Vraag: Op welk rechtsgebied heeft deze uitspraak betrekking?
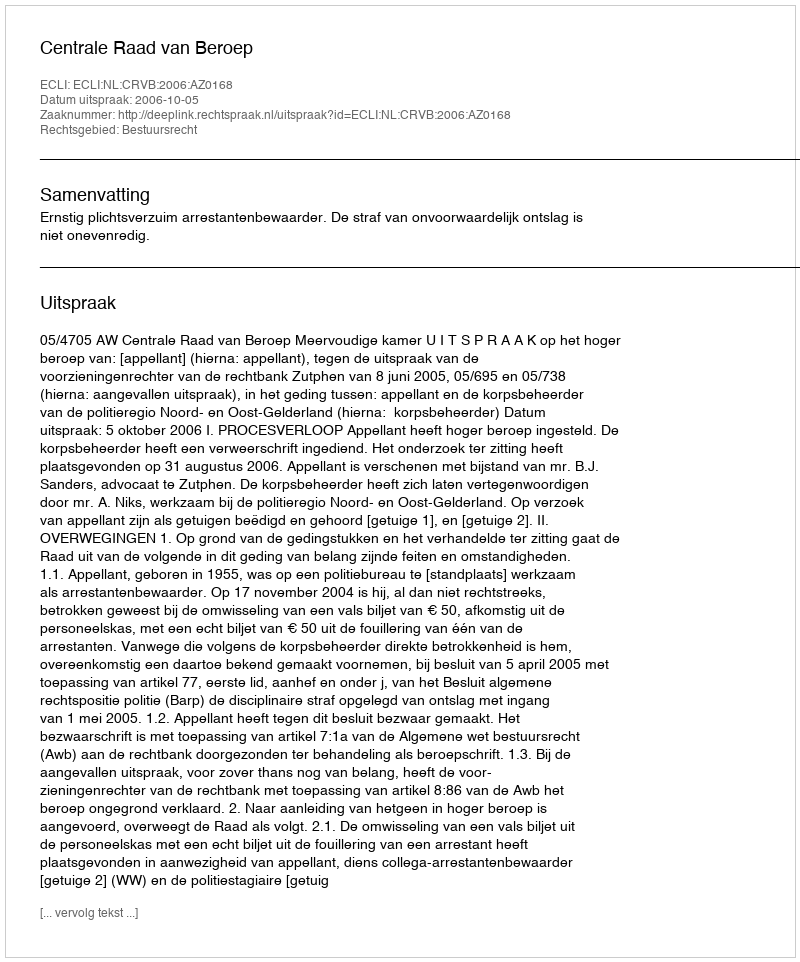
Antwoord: Bestuursrecht